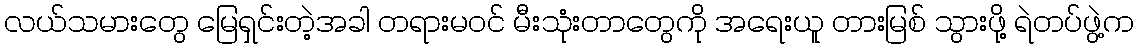
လယ်သမားတွေ မြေရှင်းတဲ့အခါ တရားမဝင် မီးသုံးတာတွေကို အရေးယူ တားမြစ် သွားဖို့ ရဲတပ်ဖွဲ့က